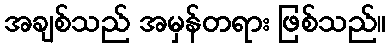
အချစ်သည် အမှန်တရား ဖြစ်သည်။